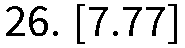
26. [7.77]